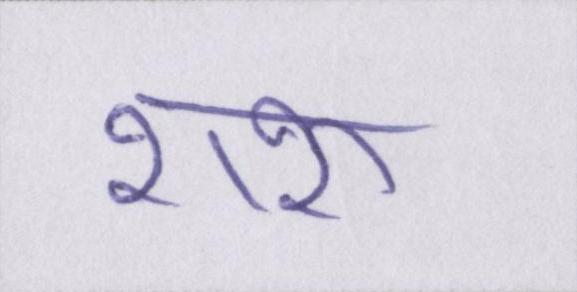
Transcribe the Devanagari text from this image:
शरू